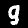
Digit: 9